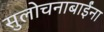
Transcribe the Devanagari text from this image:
सुलोचनाबाईंना